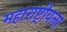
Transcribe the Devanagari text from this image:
महाराष्ट्रीयला